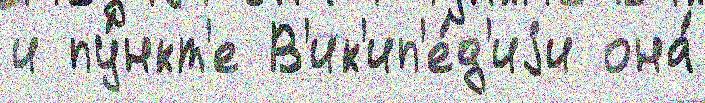
и пу́нкт'е В'ик'ип'е́д'иjи она́